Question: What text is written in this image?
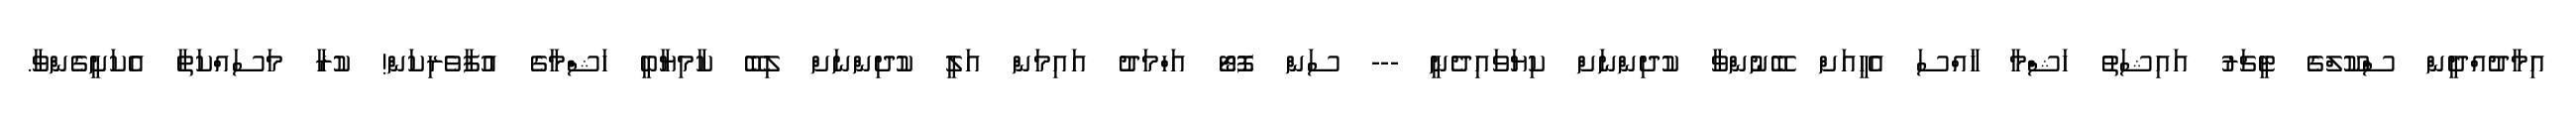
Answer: އިމާދުއްދީން ސްކޫލްގެ ޓީޗަރު އައިޝަތު ހަޝްމާ ޚާއްސަ އެހީއަށް ބޭނުންވާ ކުދިންނަށް ކިޔަވައިދެނީ --- ސަން ފޮޓޯ އަހްމަދު އައިމަން އަލީ ކުދިންނަށް ލިބޭ ކާމިޔާބީ ހަޝްމާގެ އުފާވެރިކަން! ކުރާ މަސައްކަތާ އެކަށީގެންވާ.